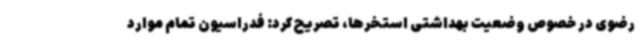
رضوی در خصوص وضعیت بهداشتی استخرها، تصریح کرد: فدراسیون تمام موارد